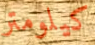
كيلومتر